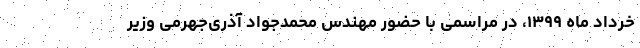
خرداد ماه ۱۳۹۹، در مراسمی با حضور مهندس محمدجواد آذری‌جهرمی وزیر